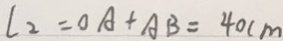
l _ { 2 } = O A + A B = 4 0 c m